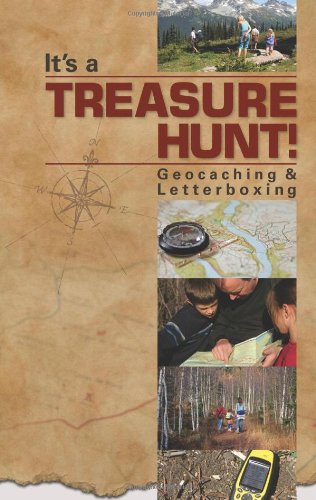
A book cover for It's a Treasure Hunt! Geocaching & Letterboxing; G & R Publishing; Travel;